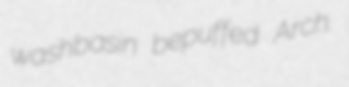
washbasin bepuffed Arch.